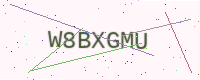
Text: W8BXGMU